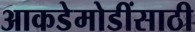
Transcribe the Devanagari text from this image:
आकडेमोडींसाठी